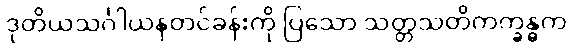
ဒုတိယသင်္ဂါယနတင်ခန်းကို ပြသော သတ္တသတိကက္ခန္ဓက